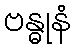
ဗန္ဓုနံ